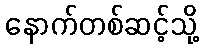
နောက်တစ်ဆင့်သို့